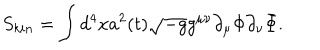
S _ { k i n } = \int d ^ { 4 } x a ^ { 2 } ( t ) \sqrt { - g } g ^ { \mu \nu } \partial _ { \mu } \Phi \partial _ { \nu } \bar { \Phi } .